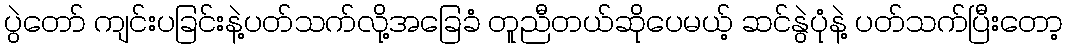
ပွဲတော် ကျင်းပခြင်းနဲ့ပတ်သက်လို့အခြေခံ တူညီတယ်ဆိုပေမယ့် ဆင်နွဲပုံနဲ့ ပတ်သက်ပြီးတော့